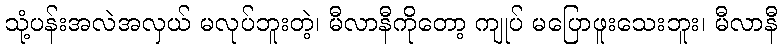
သုံ့ပန်းအလဲအလှယ် မလုပ်ဘူးတဲ့၊ မီလာနီကိုတော့ ကျုပ် မပြောဖူးသေးဘူး၊ မီလာနီ